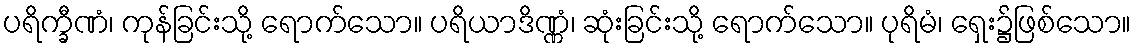
ပရိက္ခီဏံ၊ ကုန်ခြင်းသို့ ရောက်သော။ ပရိယာဒိဏ္ဏံ၊ ဆုံးခြင်းသို့ ရောက်သော။ ပုရိမံ၊ ရှေး၌ဖြစ်သော။